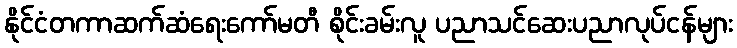
နိုင်ငံတကာဆက်ဆံရေးကော်မတီ စိုင်းခမ်းလူ ပညာသင်ဆေးပညာလုပ်ငန်များ